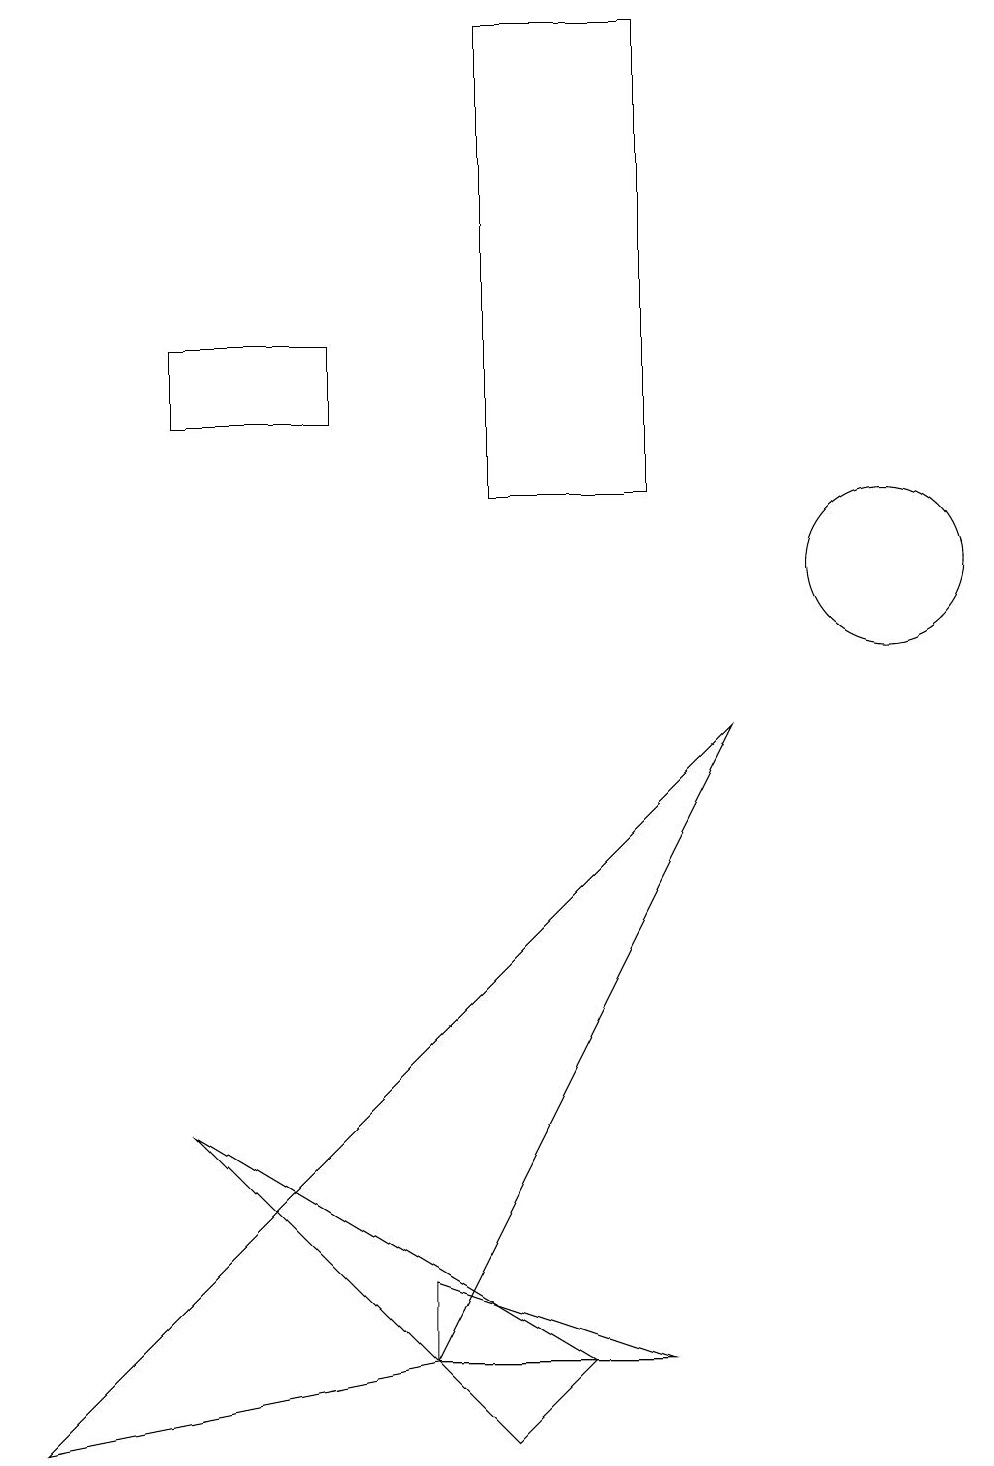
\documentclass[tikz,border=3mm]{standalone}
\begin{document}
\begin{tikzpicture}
\draw (2,4) -- (7,1) -- (6,0) -- cycle;
\draw (2,14) rectangle (4,13);
\draw (5,2) -- (5,1) -- (8,1) -- cycle;
\draw (11,11) circle (1);
\draw (8,18) rectangle (6,12);
\draw (0,0) -- (5,1) -- (9,9) -- cycle;
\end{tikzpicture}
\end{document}